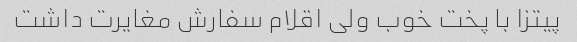
پیتزا با پخت خوب ولی اقلام سفارش مغایرت داشت